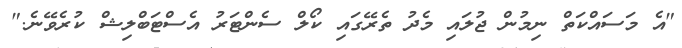
"އެ މަސައްކަތް ނިމުން ޖުލައި މެދު ތެރޭގައި ކޯލް ސެންޓަރު އެސްޓަބްލިޝް ކުރެވޭނެ."